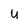
Character: U